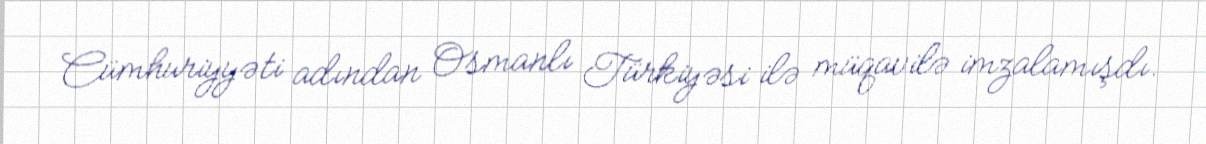
Cümhuriyyəti adından Osmanlı Türkiyəsi ilə müqavilə imzalamışdı.